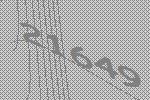
21649